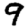
Digit: 9